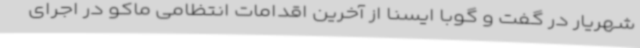
شهریار در گفت و گوبا ایسنا از آخرین اقدامات انتظامی ماکو در اجرای